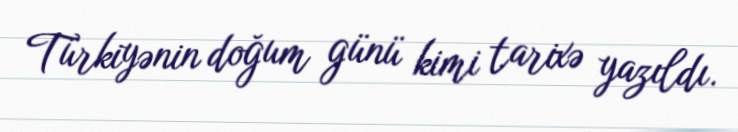
Türkiyənin doğum günü kimi tarixə yazıldı.